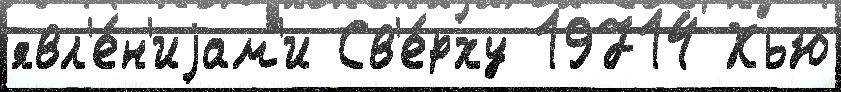
явл'е́н'иjам'и Св'е́рху 19714 Хью